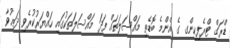
ޑްރަގް ޓްރެފިކިންގ ގެ އެންމެ ބޮޑެތި މައްސަލަތައް ފަދަ މައްސަލަތަކުގައި ހައްޔަރުކުރެވި ދަޢުވާ